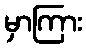
မှာကြား